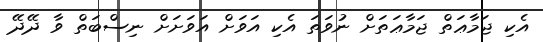
އެކި ޖަމާޢަތް ޖަމާޢަތަށް ނުވަތަ އެކި އަވަށް އަވަށަށް ނިސްބަތް ވާ ދޭދޭ